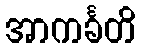
အာကင်္ခတိ